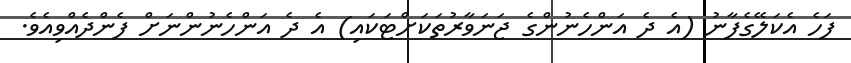
ފަހެ އެކަލޭގެފާނު (އެ ދެ އަންހެނުންގެ ޖަނަވާރުތަކަށްޓަކައި) އެ ދެ އަންހެނުންނަށް ފެންދެއްވިއެވެ.